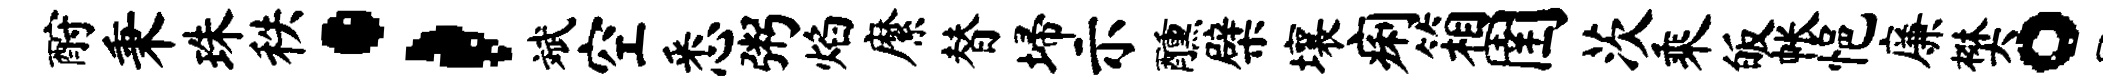
酹秉珠秩；斌空悉粥焰縻替埽示醺檗壤痢箱圉茨乘皈帐悒廉樊。最